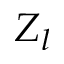
Z _ { l }